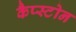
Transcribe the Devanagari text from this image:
कैप्स्टोन